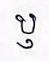
ឫ